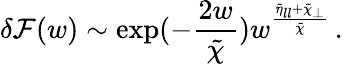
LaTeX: \delta\mathcal{F}(w)\sim\exp(-\frac{{2w}}{{\tilde{{\chi}}}})w^{\frac{{\tilde{{\eta}}_{ll}+\tilde{{\chi}}_{\perp}}}{{\tilde{{\chi}}}}}\, .